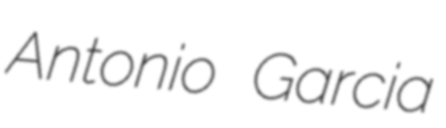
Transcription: Antonio Garcia